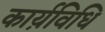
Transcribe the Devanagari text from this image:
कार्य़विधि